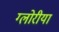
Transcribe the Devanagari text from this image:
ग्लोरीया